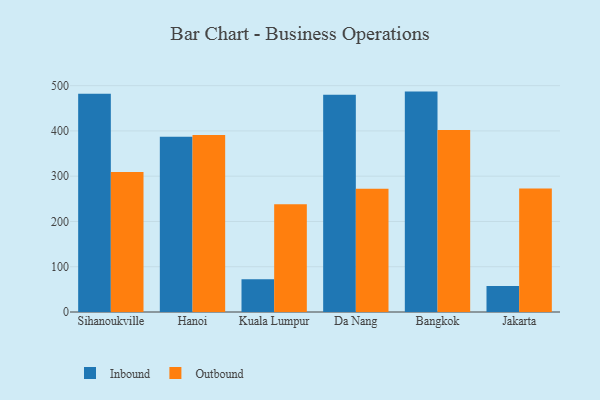
{"axis": {"x": "City", "y": "Market Share (%)"}, "legend": ["Inbound", "Outbound"], "data": [{"x": "Sihanoukville", "y": 482.4, "type": "Inbound"}, {"x": "Sihanoukville", "y": 309.4, "type": "Outbound"}, {"x": "Hanoi", "y": 387.2, "type": "Inbound"}, {"x": "Hanoi", "y": 390.9, "type": "Outbound"}, {"x": "Kuala Lumpur", "y": 72.6, "type": "Inbound"}, {"x": "Kuala Lumpur", "y": 237.8, "type": "Outbound"}, {"x": "Da Nang", "y": 479.7, "type": "Inbound"}, {"x": "Da Nang", "y": 272.4, "type": "Outbound"}, {"x": "Bangkok", "y": 486.9, "type": "Inbound"}, {"x": "Bangkok", "y": 402.0, "type": "Outbound"}, {"x": "Jakarta", "y": 57.4, "type": "Inbound"}, {"x": "Jakarta", "y": 272.6, "type": "Outbound"}]}